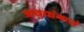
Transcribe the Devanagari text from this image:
आयुधांमध्ये